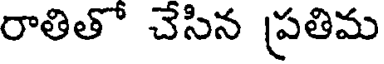
రాతితో చేసిన ప్రతిమ